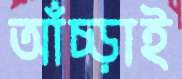
আঁচ্‌ড়াই